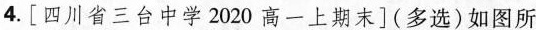
4.[四川省三台中学2020高一上期末](多选)如图所